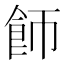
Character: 𬲌